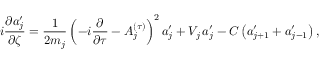
i \frac { \partial a _ { j } ^ { \prime } } { \partial \zeta } = \frac { 1 } { 2 m _ { j } } \left( - i \frac { \partial } { \partial \tau } - A _ { j } ^ { ( \tau ) } \right) ^ { 2 } a _ { j } ^ { \prime } + V _ { j } \, a _ { j } ^ { \prime } - C \left( a _ { j + 1 } ^ { \prime } + a _ { j - 1 } ^ { \prime } \right) ,